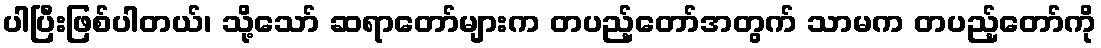
ပါပြီးဖြစ်ပါတယ်၊ သို့သော် ဆရာတော်များက တပည့်တော်အတွက် သာမက တပည့်တော်ကို